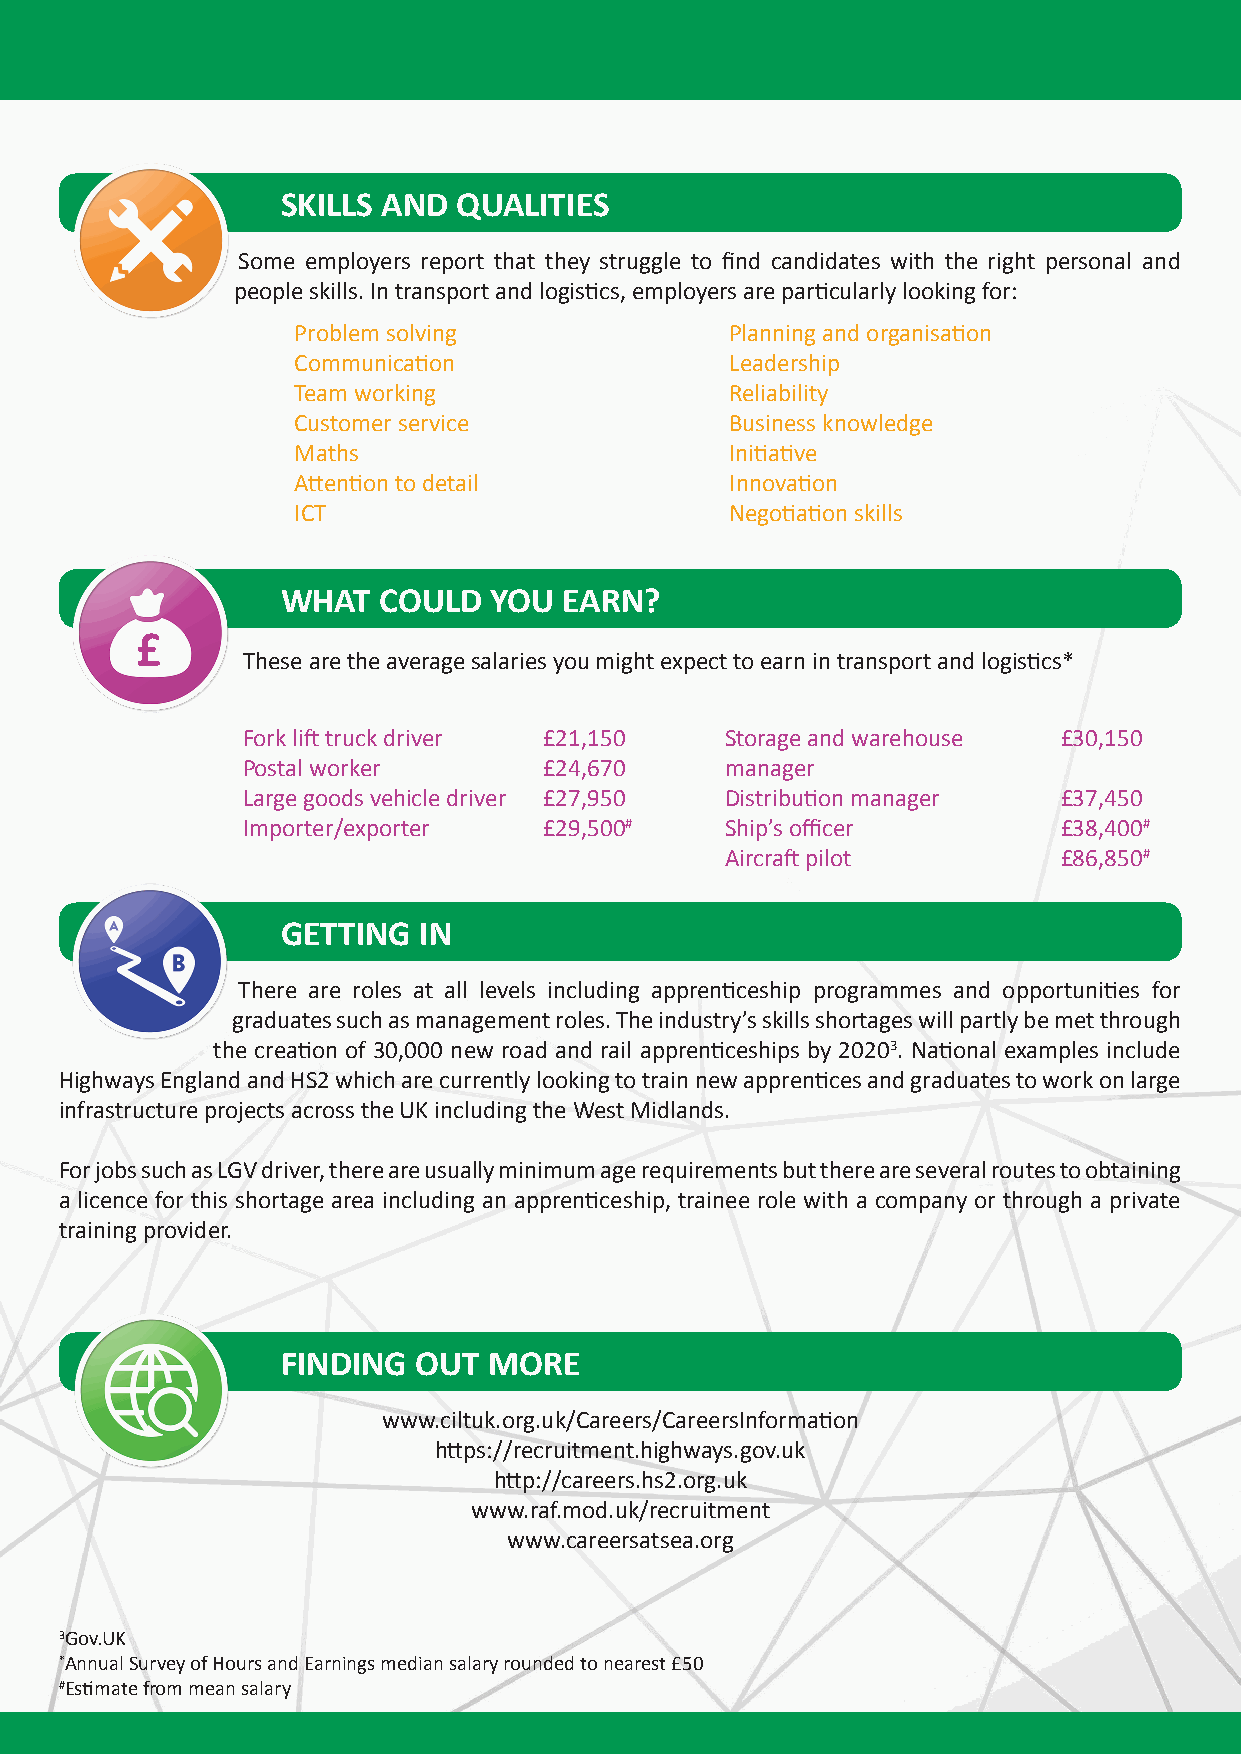
SKILLS AND QUALITIES
 Some employers report that they struggle to find candidates with the right personal and
 people skills. In transport and logistics, employers are particularly looking for:
 Problem solving              Planning and organisation
 Communication                Leadership
 Team working                 Reliability
 Customer service             Business knowledge
 Maths                        Initiative
 Attention to detail          Innovation
 ICT                          Negotiation skills
 WHAT  COULD  YOU  EARN?
 £
 These are the average salaries you might expect to earn in transport and logistics*
 Fork lift truck driver £21,150  Storage and warehouse £30,150
 Postal worker       £24,670     manager
 Large goods vehicle driver £27,950 Distribution manager £37,450
 Importer/exporter   £29,500#    Ship’s officer        £38,400#
 Aircraft pilot        £86,850#
 GETTING  IN
 There are roles at all levels including apprenticeship programmes and opportunities for
 graduates such as management roles. The industry’s skills shortages will partly be met through
 the creation of 30,000 new road and rail apprenticeships by 20203. National examples include
 Highways England and HS2 which are currently looking to train new apprentices and graduates to work on large
 infrastructure projects across the UK including the West Midlands.
 For jobs such as LGV driver, there are usually minimum age requirements but there are several routes to obtaining
 a licence for this shortage area including an apprenticeship, trainee role with a company or through a private
 training provider.
 FINDING OUT  MORE
 www.ciltuk.org.uk/Careers/CareersInformation
 https://recruitment.highways.gov.uk
 http://careers.hs2.org.uk
 www.raf.mod.uk/recruitment
 www.careersatsea.org
 3Gov.UK
 *Annual Survey of Hours and Earnings median salary rounded to nearest £50
 #Estimate from mean salary